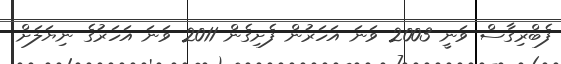
ފެބްރިގާސް ވަނީ 2003 ވަނަ އަހަރުން ފެށިގެން 2011 ވަނަ އަހަރުގެ ނިޔަލަށް